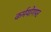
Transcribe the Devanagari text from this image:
कर्मयोगपर